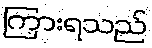
ကြားရသည်